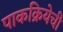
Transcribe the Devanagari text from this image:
पाकक्रियेची